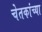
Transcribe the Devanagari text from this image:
चेतकांच्या